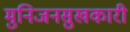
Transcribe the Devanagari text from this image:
मुनिजनसुखकारी